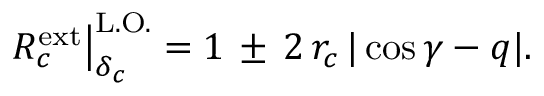
\left. R _ { c } ^ { \mathrm { e x t } } \right| _ { \delta _ { c } } ^ { \mathrm { L . O . } } = 1 \, \pm \, 2 \, r _ { c } \, | \cos \gamma - q | .